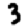
Digit: 3